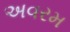
અવરમ